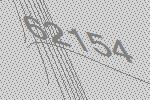
62154